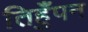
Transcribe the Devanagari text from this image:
तिहुँपन